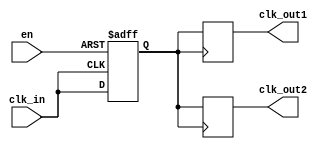
module basic_clock_buffer (
    input wire clk_in,      // Clock input
    input wire en,         // Enable signal
    output reg clk_out1,   // First clock output
    output reg clk_out2    // Second clock output
    // Add more outputs as needed
);

// Internal signal to hold the buffered clock
reg clk_buffer;

// Clock buffering process
always @(posedge clk_in or negedge en) begin
    if (!en) begin
        // When disabled, hold outputs low
        clk_buffer <= 1'b0;
    end else begin
        // Buffer the clock signal
        clk_buffer <= clk_in;
    end
end

// Assign buffered clock to outputs
always @(posedge clk_buffer) begin
    clk_out1 <= clk_buffer; // Output 1
    clk_out2 <= clk_buffer; // Output 2
    // Add more outputs as needed
end

endmodule